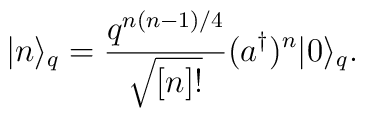
|n\rangle_q=\frac{q^{n(n-1)/4}}{\sqrt{[n]!}}(a^\dagger)^n|0\rangle_q.